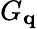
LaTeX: G_{\mathbf{q}}